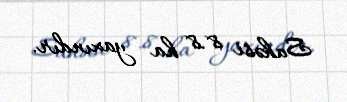
Sahəsi 8.8 ha yaxındır.